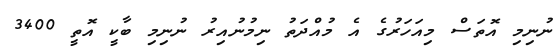
ނުނިމި އޮތަސް މިއަހަރުގެ އެ މުއްދަތު ނިމުނުއިރު ނުނިމި ބާކީ އޮތީ 3400